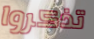
تذكروا